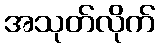
အသုတ်လိုက်